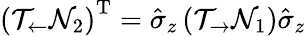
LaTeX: \left(\mathcal{T}_{\leftarrow}\mathcal{N}_{2}\right)^{\mathrm{T}}=\hat{\sigma}_{z}\left(\mathcal{T}_{\rightarrow}\mathcal{N}_{1}\right)\hat{\sigma}_{z}